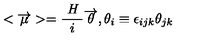
< \overrightarrow { \mu } > = \frac { \textit { H } } { i } \overrightarrow { \theta } , \theta _ { i } \equiv \epsilon _ { i j k } \theta _ { j k }